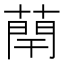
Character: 𫉑